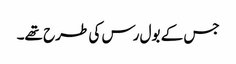
جس کے بول رس کی طرح تھے۔